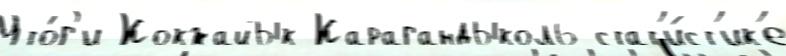
Ито́г'и Кокжайык Карагандыколь стат'и́ст'ик'е